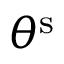
\theta ^ { \mathrm { s } }